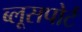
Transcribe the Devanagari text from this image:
ब्लूसपोर्ट